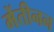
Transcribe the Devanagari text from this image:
मेंतीनन